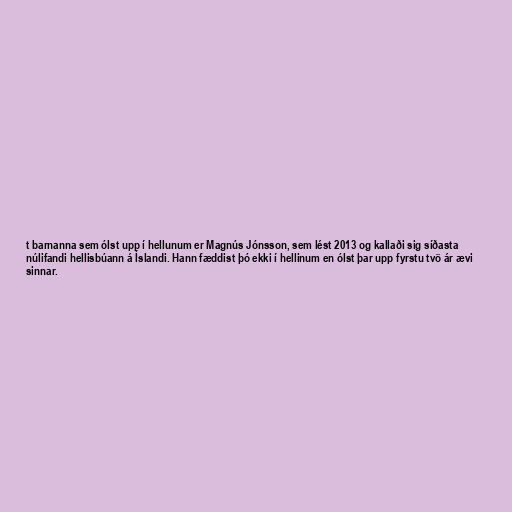
t barnanna sem ólst upp í hellunum er Magnús Jónsson, sem lést 2013 og kallaði sig síðasta
núlifandi hellisbúann á Íslandi. Hann fæddist þó ekki í hellinum en ólst þar upp fyrstu tvö ár ævi
sinnar.